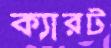
ক্যারট